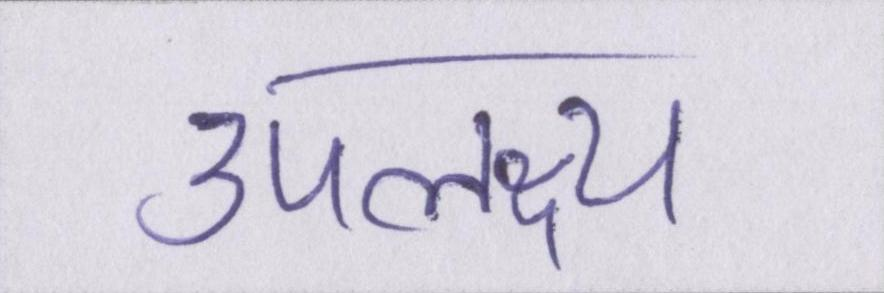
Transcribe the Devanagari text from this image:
उपलक्ष्य